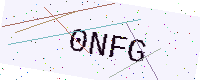
Text: 0NFG